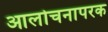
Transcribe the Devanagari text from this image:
आलोचनापरक